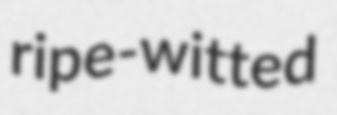
ripe-witted